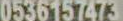
0536157473